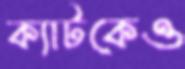
ক্যাটকেও